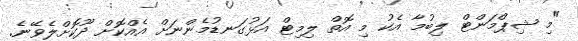
"މި ޝިޕްމަންޓް ލިބުމާ އެކު މި އޮތް ލިމިޓް އަޅުގަނޑުމެންނަށް އެއްކޮށް ދޫކޮށްލެވޭނެ.